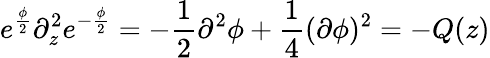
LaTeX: e^{\frac{\phi}{2}}\partial_{z}^{2}e^{-\frac{\phi}{2}}=-\frac{1}{2}\partial^{2}\phi+\frac{1}{4}(\partial\phi)^{2}=-Q(z)